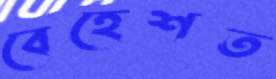
বেহেশত